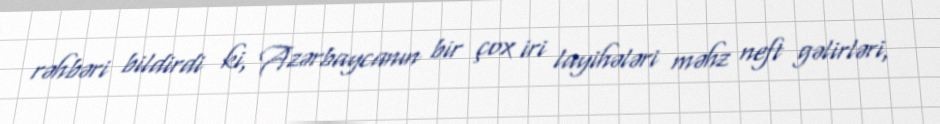
rəhbəri bildirdi ki, Azərbaycanın bir çox iri layihələri məhz neft gəlirləri,